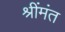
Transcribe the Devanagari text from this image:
श्रींमंत